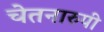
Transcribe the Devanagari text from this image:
चेतनारुपी